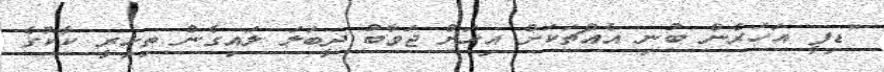
"ޑިފީ އަހަރެން ބުނި އެއްޗަކަށް އިހަށް ޖަވާބު ދީބަލަ ލައިގެން ތިހިރީ ކާކުގެ